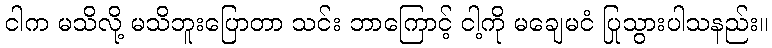
ငါက မသိလို့ မသိဘူးပြောတာ သင်း ဘာကြောင့် ငါ့ကို မချေမငံ ပြုသွားပါသနည်း။